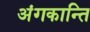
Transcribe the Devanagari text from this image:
अंगकान्ति